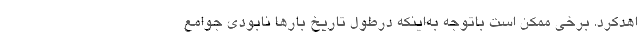
اهدکرد. برخی ممکن است باتوجه به‌اینکه درطول تاریخ بارها نابودی جوامع